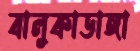
বালুকাডাঙ্গা